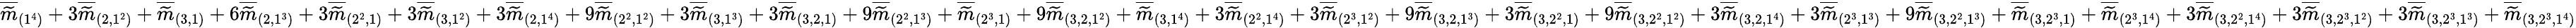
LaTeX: \overline{{\widetilde{m}}}_{(1^{4})}+3\overline{{\widetilde{m}}}_{(2,1^{2})}+\overline{{\widetilde{m}}}_{(3,1)}+6\overline{{\widetilde{m}}}_{(2,1^{3})}+3\overline{{\widetilde{m}}}_{(2^{2},1)}+3\overline{{\widetilde{m}}}_{(3,1^{2})}+3\overline{{\widetilde{m}}}_{(2,1^{4})}+9\overline{{\widetilde{m}}}_{(2^{2},1^{2})}+3\overline{{\widetilde{m}}}_{(3,1^{3})}+3\overline{{\widetilde{m}}}_{(3,2,1)}+9\overline{{\widetilde{m}}}_{(2^{2},1^{3})}+\overline{{\widetilde{m}}}_{(2^{3},1)}+9\overline{{\widetilde{m}}}_{(3,2,1^{2})}+\overline{{\widetilde{m}}}_{(3,1^{4})}+3\overline{{\widetilde{m}}}_{(2^{2},1^{4})}+3\overline{{\widetilde{m}}}_{(2^{3},1^{2})}+9\overline{{\widetilde{m}}}_{(3,2,1^{3})}+3\overline{{\widetilde{m}}}_{(3,2^{2},1)}+9\overline{{\widetilde{m}}}_{(3,2^{2},1^{2})}+3\overline{{\widetilde{m}}}_{(3,2,1^{4})}+3\overline{{\widetilde{m}}}_{(2^{3},1^{3})}+9\overline{{\widetilde{m}}}_{(3,2^{2},1^{3})}+\overline{{\widetilde{m}}}_{(3,2^{3},1)}+\overline{{\widetilde{m}}}_{(2^{3},1^{4})}+3\overline{{\widetilde{m}}}_{(3,2^{2},1^{4})}+3\overline{{\widetilde{m}}}_{(3,2^{3},1^{2})}+3\overline{{\widetilde{m}}}_{(3,2^{3},1^{3})}+\overline{{\widetilde{m}}}_{(3,2^{3},1^{4})}